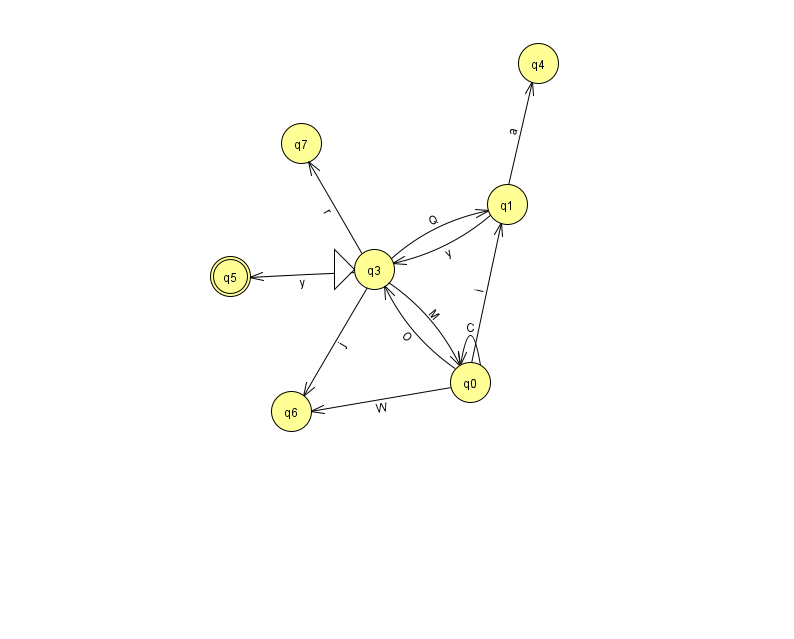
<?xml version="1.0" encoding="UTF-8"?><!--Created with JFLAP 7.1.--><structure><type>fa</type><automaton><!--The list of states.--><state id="0" name="q0"><x>470.0</x><y>369.0</y></state><state id="1" name="q1"><x>507.0</x><y>191.0</y></state><state id="3" name="q3"><x>374.0</x><y>256.0</y><initial/></state><state id="4" name="q4"><x>538.0</x><y>50.0</y></state><state id="5" name="q5"><x>230.0</x><y>263.0</y><final/></state><state id="6" name="q6"><x>291.0</x><y>398.0</y></state><state id="7" name="q7"><x>301.0</x><y>130.0</y></state><!--The list of transitions.--><transition><from>3</from><to>1</to><read>Q</read></transition><transition><from>0</from><to>0</to><read>C</read></transition><transition><from>3</from><to>6</to><read>j</read></transition><transition><from>3</from><to>7</to><read>r</read></transition><transition><from>3</from><to>5</to><read>y</read></transition><transition><from>3</from><to>0</to><read>M</read></transition><transition><from>0</from><to>6</to><read>W</read></transition><transition><from>1</from><to>3</to><read>y</read></transition><transition><from>0</from><to>3</to><read>O</read></transition><transition><from>1</from><to>4</to><read>a</read></transition><transition><from>0</from><to>1</to><read>i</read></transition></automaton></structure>